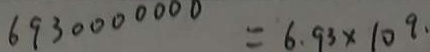
6 9 3 0 0 0 0 0 0 0 = 6 . 9 3 \times 1 0 ^ { 9 }